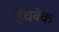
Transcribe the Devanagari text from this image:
हैचबेक